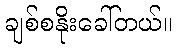
ချစ်စနိုးခေါ်တယ်။